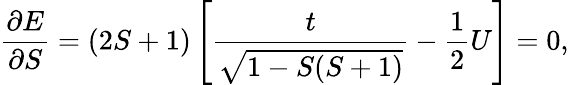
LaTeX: \frac{\partial E}{\partial S}=(2S+1)\left[\frac{t}{\sqrt{1-S(S+1)}}-\frac{1}{2}U\right]=0,